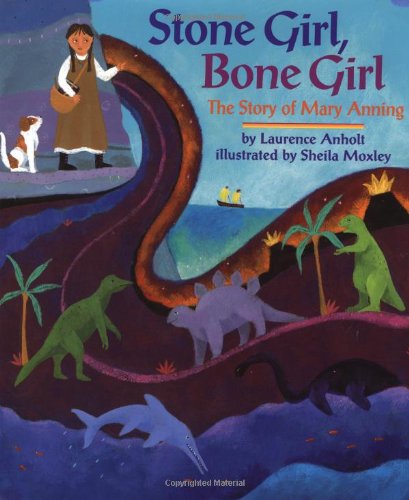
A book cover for Stone Girl, Bone Girl; Laurence Anholt; Children's Books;